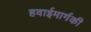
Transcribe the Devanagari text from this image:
हवाईमार्गकी